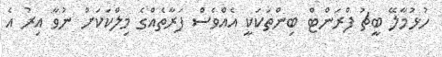
ހުޅުމާލޭ ބީޗު ފްރަންޓް ބިންތަކަކީ އެއްވެސް ފަރާތެއްގެ މިލްކަކަށް ނުވާ އިރު އެ